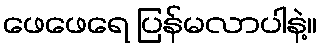
ဖေဖေရေ ပြန်မလာပါနဲ့။